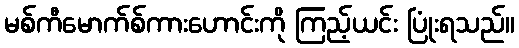
မစ်ကီမောက်စ်ကားဟောင်းကို ကြည့်ယင်း ပြုံးရသည်။